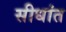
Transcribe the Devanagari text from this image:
सीधांत